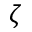
\zeta